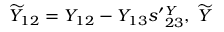
{ \widetilde { Y } } _ { 1 2 } = Y _ { 1 2 } - Y _ { 1 3 } s ^ { \prime } { } _ { 2 3 } ^ { Y } , \; { \widetilde { Y } }